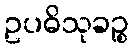
ဥပဓိသုခဉ္စ